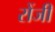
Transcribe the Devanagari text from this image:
रोंजी